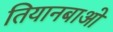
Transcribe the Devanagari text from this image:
तियानबाओ